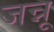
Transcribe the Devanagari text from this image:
जन्नू